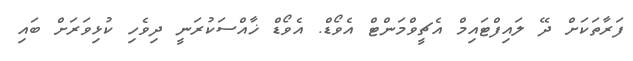
ފަރާތަކަށް ދޭ ލައިފްޓައިމް އެޗީވްމަންޓް އެވޯޑް. އެވޯޑް ޚާއްސަކުރަނީ ދިވެހި ކުޅިވަރަށް ބައި